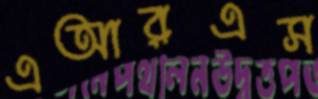
এআরএস